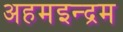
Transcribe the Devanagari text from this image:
अहमइन्द्रम